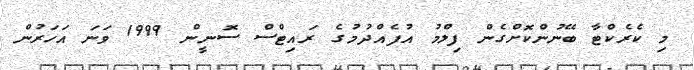
މި ކެރެކްޓާ ބޭނުންކޮށްގެން ފިލްމު އުފެއްދުމުގެ ރައިޓްސް ސޮނީން 1999 ވަނަ އަހަރުން